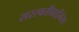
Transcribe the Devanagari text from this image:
सरस्वतीबाईंनंतर